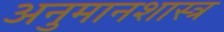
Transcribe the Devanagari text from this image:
अनुमानशास्त्र